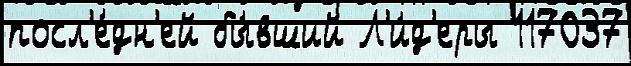
посл'е́дн'ей бы́вший Л'и́д'еры 117037